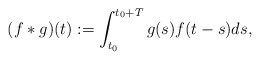
\begin{align*}(f*g)(t) := \int_{t_0}^{t_0 + T} g(s)f(t-s)ds,\end{align*}